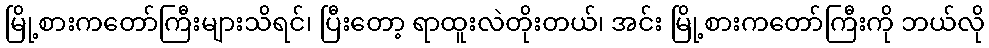
မြို့စားကတော်ကြီးများသိရင်၊ ပြီးတော့ ရာထူးလဲတိုးတယ်၊ အင်း မြို့စားကတော်ကြီးကို ဘယ်လို